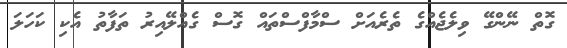
ގޮތް ނޭންގޭ ވިލެޖެއްގެ ތެރެއަށް ސްމާފްސްތައް ގޮސް ގެއްލޭއިރު ތަފާތު އެކި ކަހަލަ